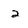
Character: 2